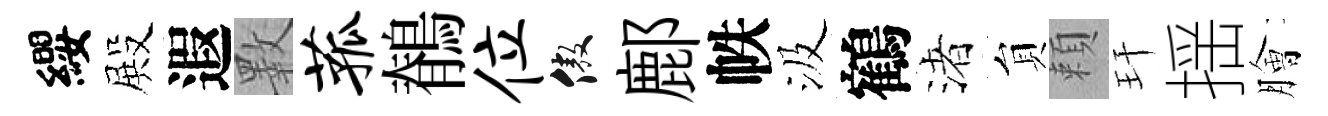
纓殿遐斁菰鶺位傲鄜帙汲鶴渚貟頼玕揺膾